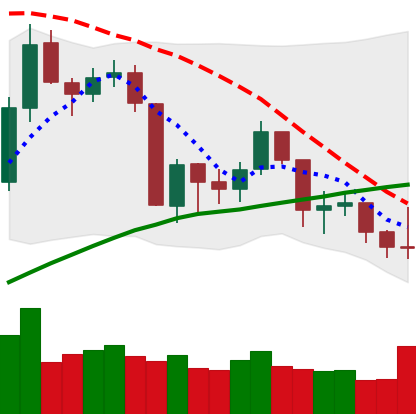
Ticker: BNB-USD
Chart end date: 2019-08-26
Forward return: -18.547%
Label: down_7plus